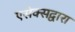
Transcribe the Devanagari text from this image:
एसेक्सद्वारा